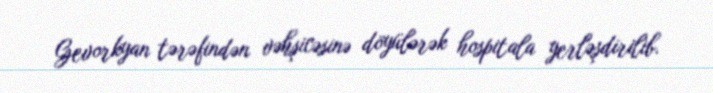
Gevorkyan tərəfindən vəhşicəsinə döyülərək hospitala yerləşdirilib.